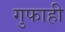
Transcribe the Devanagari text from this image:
गुफाही